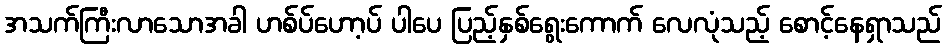
အသက်ကြီးလာသောအခါ ဟစ်ပ်ဟော့ပ် ပါပေ ပြည့်နှစ်ရွေးကောက် လေလုံသည့် စောင့်နေရှာသည်